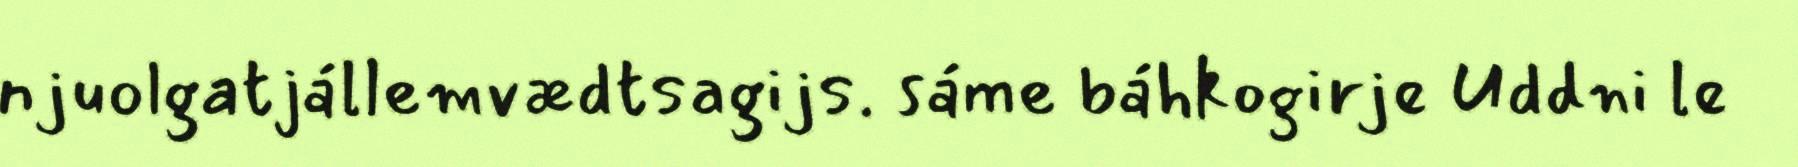
njuolgatjállemvædtsagijs. sáme báhkogirje Uddni le